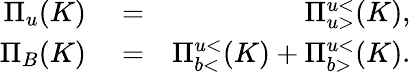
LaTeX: \begin{array}{rlr}{\Pi_{u}(K)}&{{}=}&{\Pi_{u>}^{u<}(K),}\\ {\Pi_{B}(K)}&{{}=}&{\Pi_{b<}^{u<}(K)+\Pi_{b>}^{u<}(K).}\end{array}